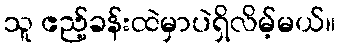
သူ ဧည့်ခန်းထဲမှာပဲရှိလိမ့်မယ်။